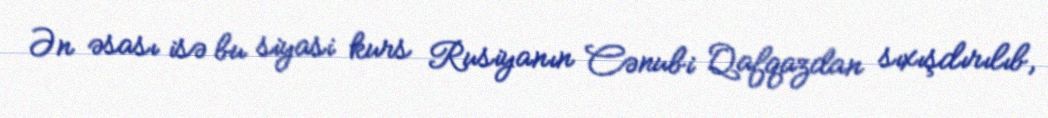
Ən əsası isə bu siyasi kurs Rusiyanın Cənubi Qafqazdan sıxışdırılıb,